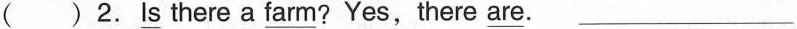
( )2. \underline{Is} there a \underline{farm}? Yes,there are. ___